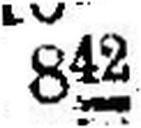
842